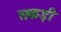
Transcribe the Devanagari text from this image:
सकड़ी